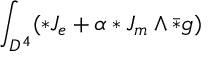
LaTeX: \int _ { D ^ { 4 } } ( * J _ { e } + \alpha * J _ { m } \wedge \bar { * } g )